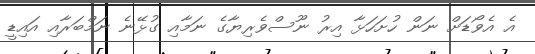
އެ އެވޯޑަށް ނަން ހުށަހަޅާ އިރު ނޫސްވެރިޔާގެ ނަމާއި ގުޅޭނެ ނަމްބަރާއި އައިޑީ